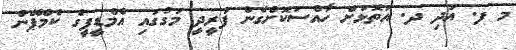
މ ފ. އަދި ދ. އަތޮޅަށް ހާއްސަކޮށްގެން ފަރީދީ މަގުގައި އެމްޑީޕީގެ ކެމްޕޭން